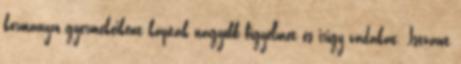
kormányzó gyermekeiként kaptak nagyobb figyelmet és irigy vádakat. Istvánt